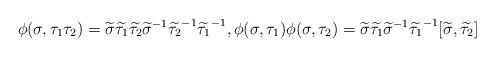
LaTeX: \begin{align*}\phi(\sigma, \tau_1\tau_2) = \widetilde \sigma \widetilde {\tau_1} \widetilde {\tau_2} {\widetilde {\sigma}}^{-1} {\widetilde {\tau_2}}^{-1} {\widetilde {\tau_1}}^{-1}, \phi(\sigma, \tau_1) \phi(\sigma, \tau_2) = \widetilde \sigma \widetilde {\tau_1} {\widetilde \sigma}^{-1} {\widetilde {\tau_1}}^{-1} [\widetilde \sigma, \widetilde {\tau_2}]\end{align*}